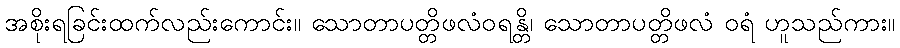
အစိုးရခြင်းထက်လည်းကောင်း။ သောတာပတ္တိဖလံဝရန္တိ၊ သောတာပတ္တိဖလံ ဝရံ ဟူသည်ကား။